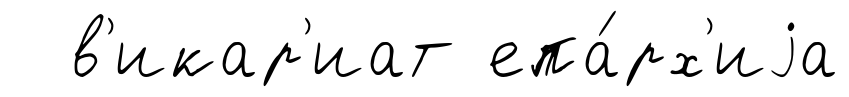
в'икар'иат епа́рх'иjа